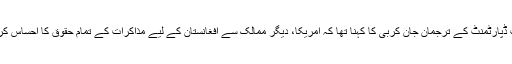
واشنگٹن میں ایک نیوز بریفنگ کے دوران اسٹیٹ ڈپارٹمنٹ کے ترجمان جان کربی کا کہنا تھا کہ امریکا، دیگر ممالک سے افغانستان کے لیے مذاکرات کے تمام حقوق کا احساس کرتا ہے جو ان کے ملک اور عوام سے وابستہ ہیں۔